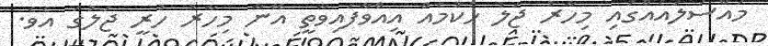
މައްސަލައެއްގައި މިހާރު ޖަލު ހުކުމެއް އިއްވާފައިވާތީ އޭނާ މިހާރު ހުރީ ޖަލުގަ އެވެ.